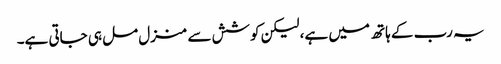
یہ رب کے ہاتھ میں ہے، لیکن کوشش سے منزل مل ہی جاتی ہے۔